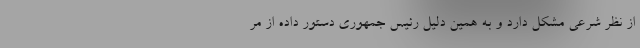
از نظر شرعی مشکل دارد و به همین دلیل رئیس جمهوری دستور داده از مر